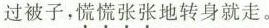
过被子，\underset{·}{慌}\underset{·}{慌}\underset{·}{张}\underset{·}{张}地转身就走。